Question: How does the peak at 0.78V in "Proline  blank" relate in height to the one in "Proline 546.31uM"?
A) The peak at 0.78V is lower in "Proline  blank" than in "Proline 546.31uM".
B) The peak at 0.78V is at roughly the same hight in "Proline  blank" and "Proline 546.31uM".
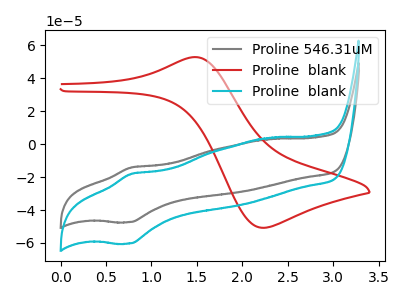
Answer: <think>The gray curve "Proline 546.31uM" has an anodic peak at (0.80V, -14.20uA) and a cathodic peak at (0.75V, -47.35uA). The red curve "Proline  blank" has an anodic peak at (1.50V, 52.75uA) and a cathodic peak at (2.20V, -50.80uA). The cyan curve "Proline  blank" has an anodic peak at (0.80V, -18.10uA) and a cathodic peak at (0.75V, -60.30uA).</think>
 <answer>A) The peak at 0.78V is lower in "Proline  blank" than in "Proline 546.31uM".</answer>
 <eval>A</eval>